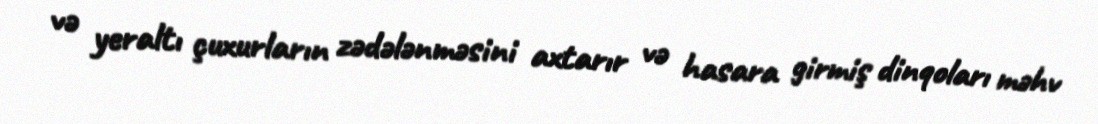
və yeraltı çuxurların zədələnməsini axtarır və hasara girmiş dinqoları məhv